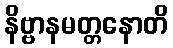
နိဗ္ဗာနမတ္တနောတိ